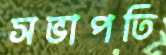
সভাপতি